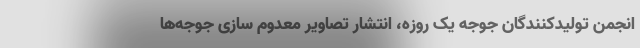
انجمن تولیدکنندگان جوجه یک روزه، انتشار تصاویر معدوم سازی جوجه‌ها